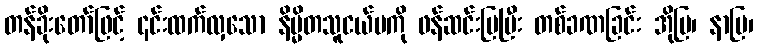
တန်ခိုးတော်ဖြင့် ၎င်းထက်လှသော နိမ္မိတသူငယ်မကို ဖန်ဆင်းပြပြီး တစ်ခဏခြင်း အိုပြ၊ နာပြ၊